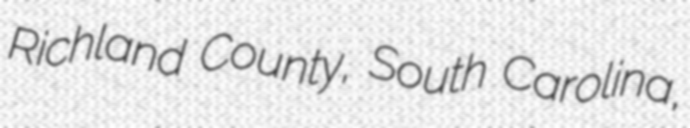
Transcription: Richland County, South Carolina,